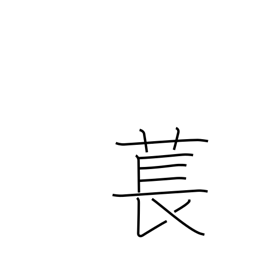
Meaning: type of plant